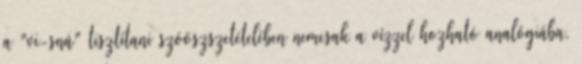
a "vi-sná" tisztítani szóöszszetételében nemcsak a vízzel hozható analógiába,